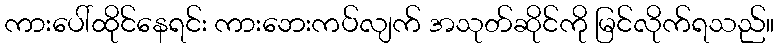
ကားပေါ်ထိုင်နေရင်း ကားဘေးကပ်လျက် အသုတ်ဆိုင်ကို မြင်လိုက်ရသည်။